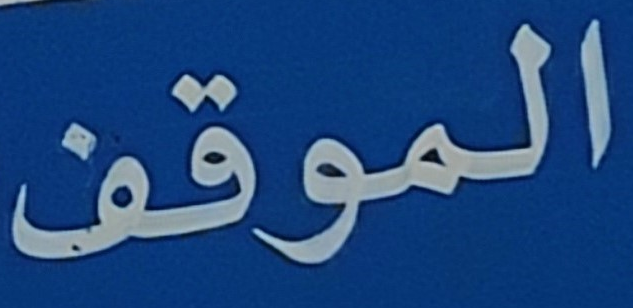
الموقف